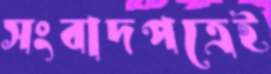
সংবাদপত্রেই